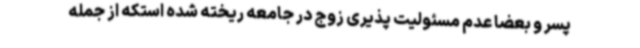
پسر و بعضا عدم مسئولیت پذیری زوج در جامعه ریخته شده استکه از جمله